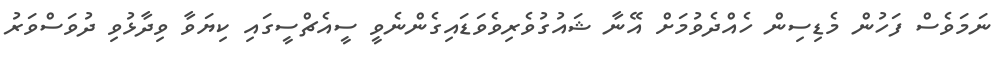
ނަމަވެސް ފަހުން މެޑިސިން ހެއްދެވުމަށް އޭނާ ޝައުގުވެރިވެވަޑައިގެންނެވީ ސީއެޗްސީގައި ކިޔަވާ ވިދާޅުވި ދުވަސްވަރު